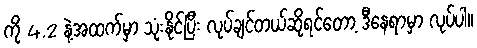
ကို 4.2 နဲ့အထက်မှာ သုံးနိုင်ပြီး လုပ်ချင်တယ်ဆိုရင်တော့ ဒီနေရာမှာ လုပ်ပါ။